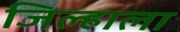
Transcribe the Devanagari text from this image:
जिल्हाला